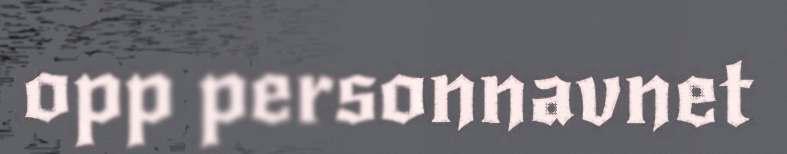
opp personnavnet